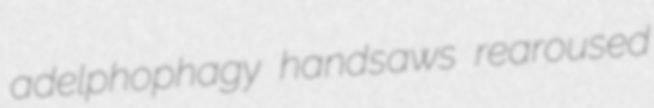
adelphophagy handsaws rearoused